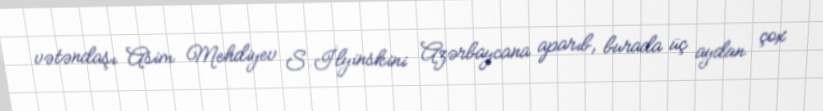
vətəndaşı Asim Mehdiyev S.İlyinskini Azərbaycana aparıb, burada üç aydan çox